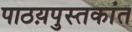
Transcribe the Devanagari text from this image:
पाठय़पुस्तकांत